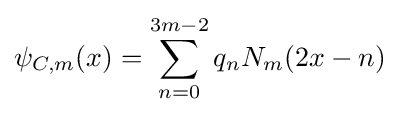
\psi _{C,m}(x)=\sum _{n=0}^{3m-2}q_{n}N_{m}(2x-n)